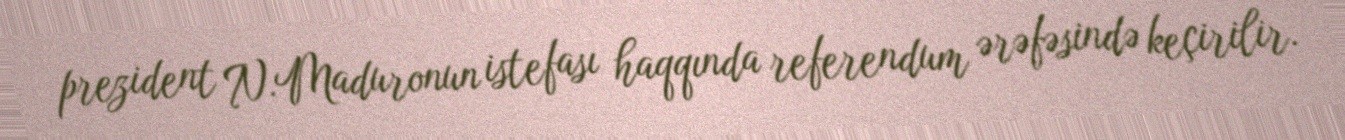
prezident N.Maduronun istefası haqqında referendum ərəfəsində keçirilir.